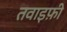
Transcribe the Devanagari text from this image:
तवाइफ़ी